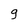
Character: g